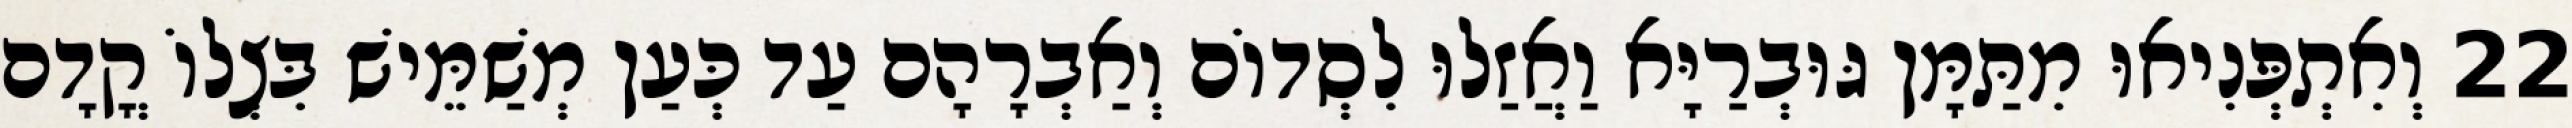
22 וְאִתְפְּנִיאוּ מִתַּמָּן גּוּבְרַיָּא וַאֲזַלוּ לִסְדוֹם וְאַבְרָהָם עַד כְּעַן מְשַׁמֵּישׁ בִּצְלוֹ קֳדָם